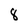
Character: 8